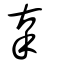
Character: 辜